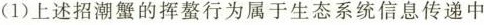
(1)上述招潮蟹的挥螯行为属于生态系统信息传递中